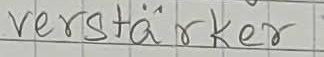
Text: verstärker